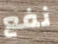
نفع